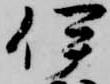
伊